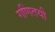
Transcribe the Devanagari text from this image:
गणितयी